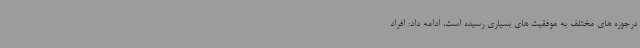
درجوزه های مختلف به موفقیت های بسیاری رسیده است، ادامه داد: افراد